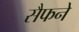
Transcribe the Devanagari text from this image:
सैफने